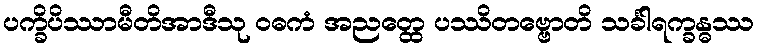
ပက္ခိပိဿာမီတိအာဒီသု ဝဓကံ အညတ္ထေ ပဿိတဗ္ဗောတိ သင်္ခါရက္ခန္ဓဿ